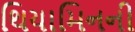
થિયામિનની